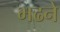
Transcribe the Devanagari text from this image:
भढने